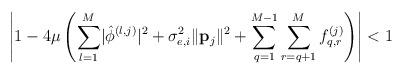
LaTeX: \begin{align*} \left\lvert1-4\mu\left(\sum_{l=1}^{M}\lvert\hat{\phi}^{\left(l,j\right)}\rvert^2+\sigma_{e,i}^2\lVert\mathbf{p}_j\rVert^2+\sum_{q=1}^{M-1}\sum_{r=q+1}^{M}f_{q,r}^{\left(j\right)}\right)\right\rvert<1\end{align*}